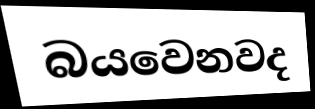
බයවෙනවද